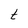
Character: t